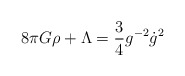
\begin{align*} 8 \pi G \rho +\Lambda= \frac{3}{4} g^{-2}\dot{g}^{2}\end{align*}